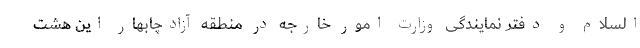
السلام و دفتر نمایندگی وزارت امور خارجه در منطقه آزادچابهار این هشت